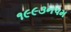
૧૯૯૩નપમ